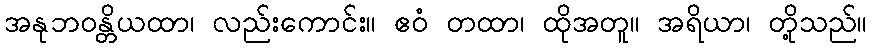
အနုဘဝန္တိယထာ၊ လည်းကောင်း။ ဧဝံ တထာ၊ ထိုအတူ။ အရိယာ၊ တို့သည်။